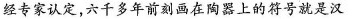
经专家认定，六千多年前刻画在陶器上的符号就是汉